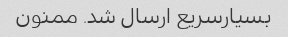
بسیارسریع ارسال شد. ممنون